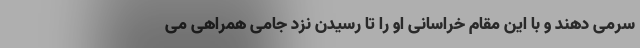
سرمی دهند و با این مقام خراسانی او را تا رسیدن نزد جامی همراهی می